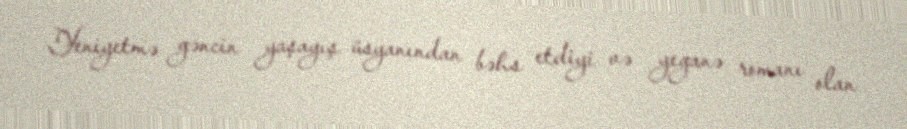
Yeniyetmə gəncin yaşayış üsyanından bəhs etdiyi və yeganə romanı olan